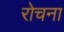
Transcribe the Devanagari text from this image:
रोचना